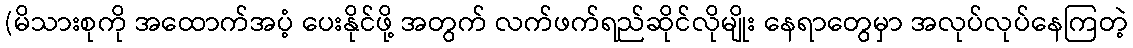
(မိသားစုကို အထောက်အပံ့ ပေးနိုင်ဖို့ အတွက် လက်ဖက်ရည်ဆိုင်လိုမျိုး နေရာတွေမှာ အလုပ်လုပ်နေကြတဲ့